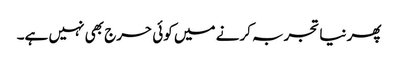
پھر نیا تجربہ کرنے میں کوئی حرج بھی نہیں ہے۔